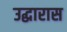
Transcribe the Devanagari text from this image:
उद्धारास